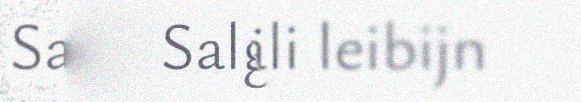
Salgâmääli leibijn